Vaccine operations Central Provinces 1886-1899 - 1886-1899
Year: 1886
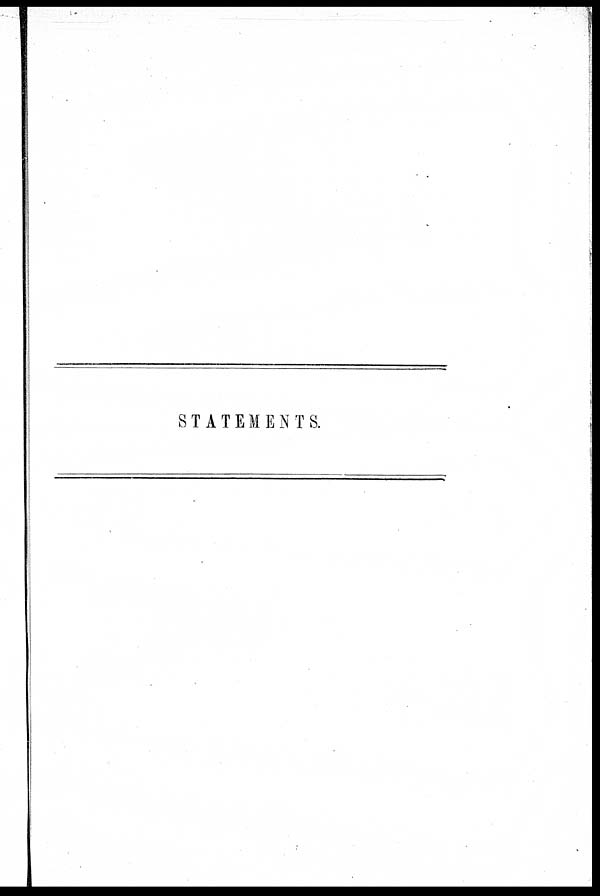
STATEMENTS.